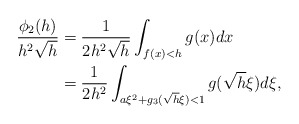
\begin{align*} \begin{aligned} \frac{\phi_2(h)}{h^2\sqrt{h}}&=\frac{1}{2h^2\sqrt{h}}\int_{f(x)<h}g(x)dx\\ &=\frac{1}{2h^2}\int_{a\xi^2+g_3(\sqrt{h}\xi)<1}g(\sqrt{h}\xi)d\xi, \end{aligned} \end{align*}